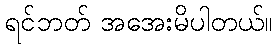
ရင်ဘတ် အအေးမိပါတယ်။